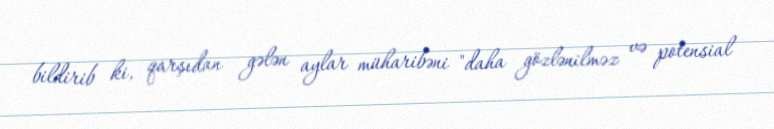
bildirib ki, qarşıdan gələn aylar müharibəni "daha gözlənilməz və potensial